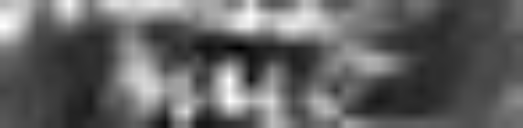
nunc